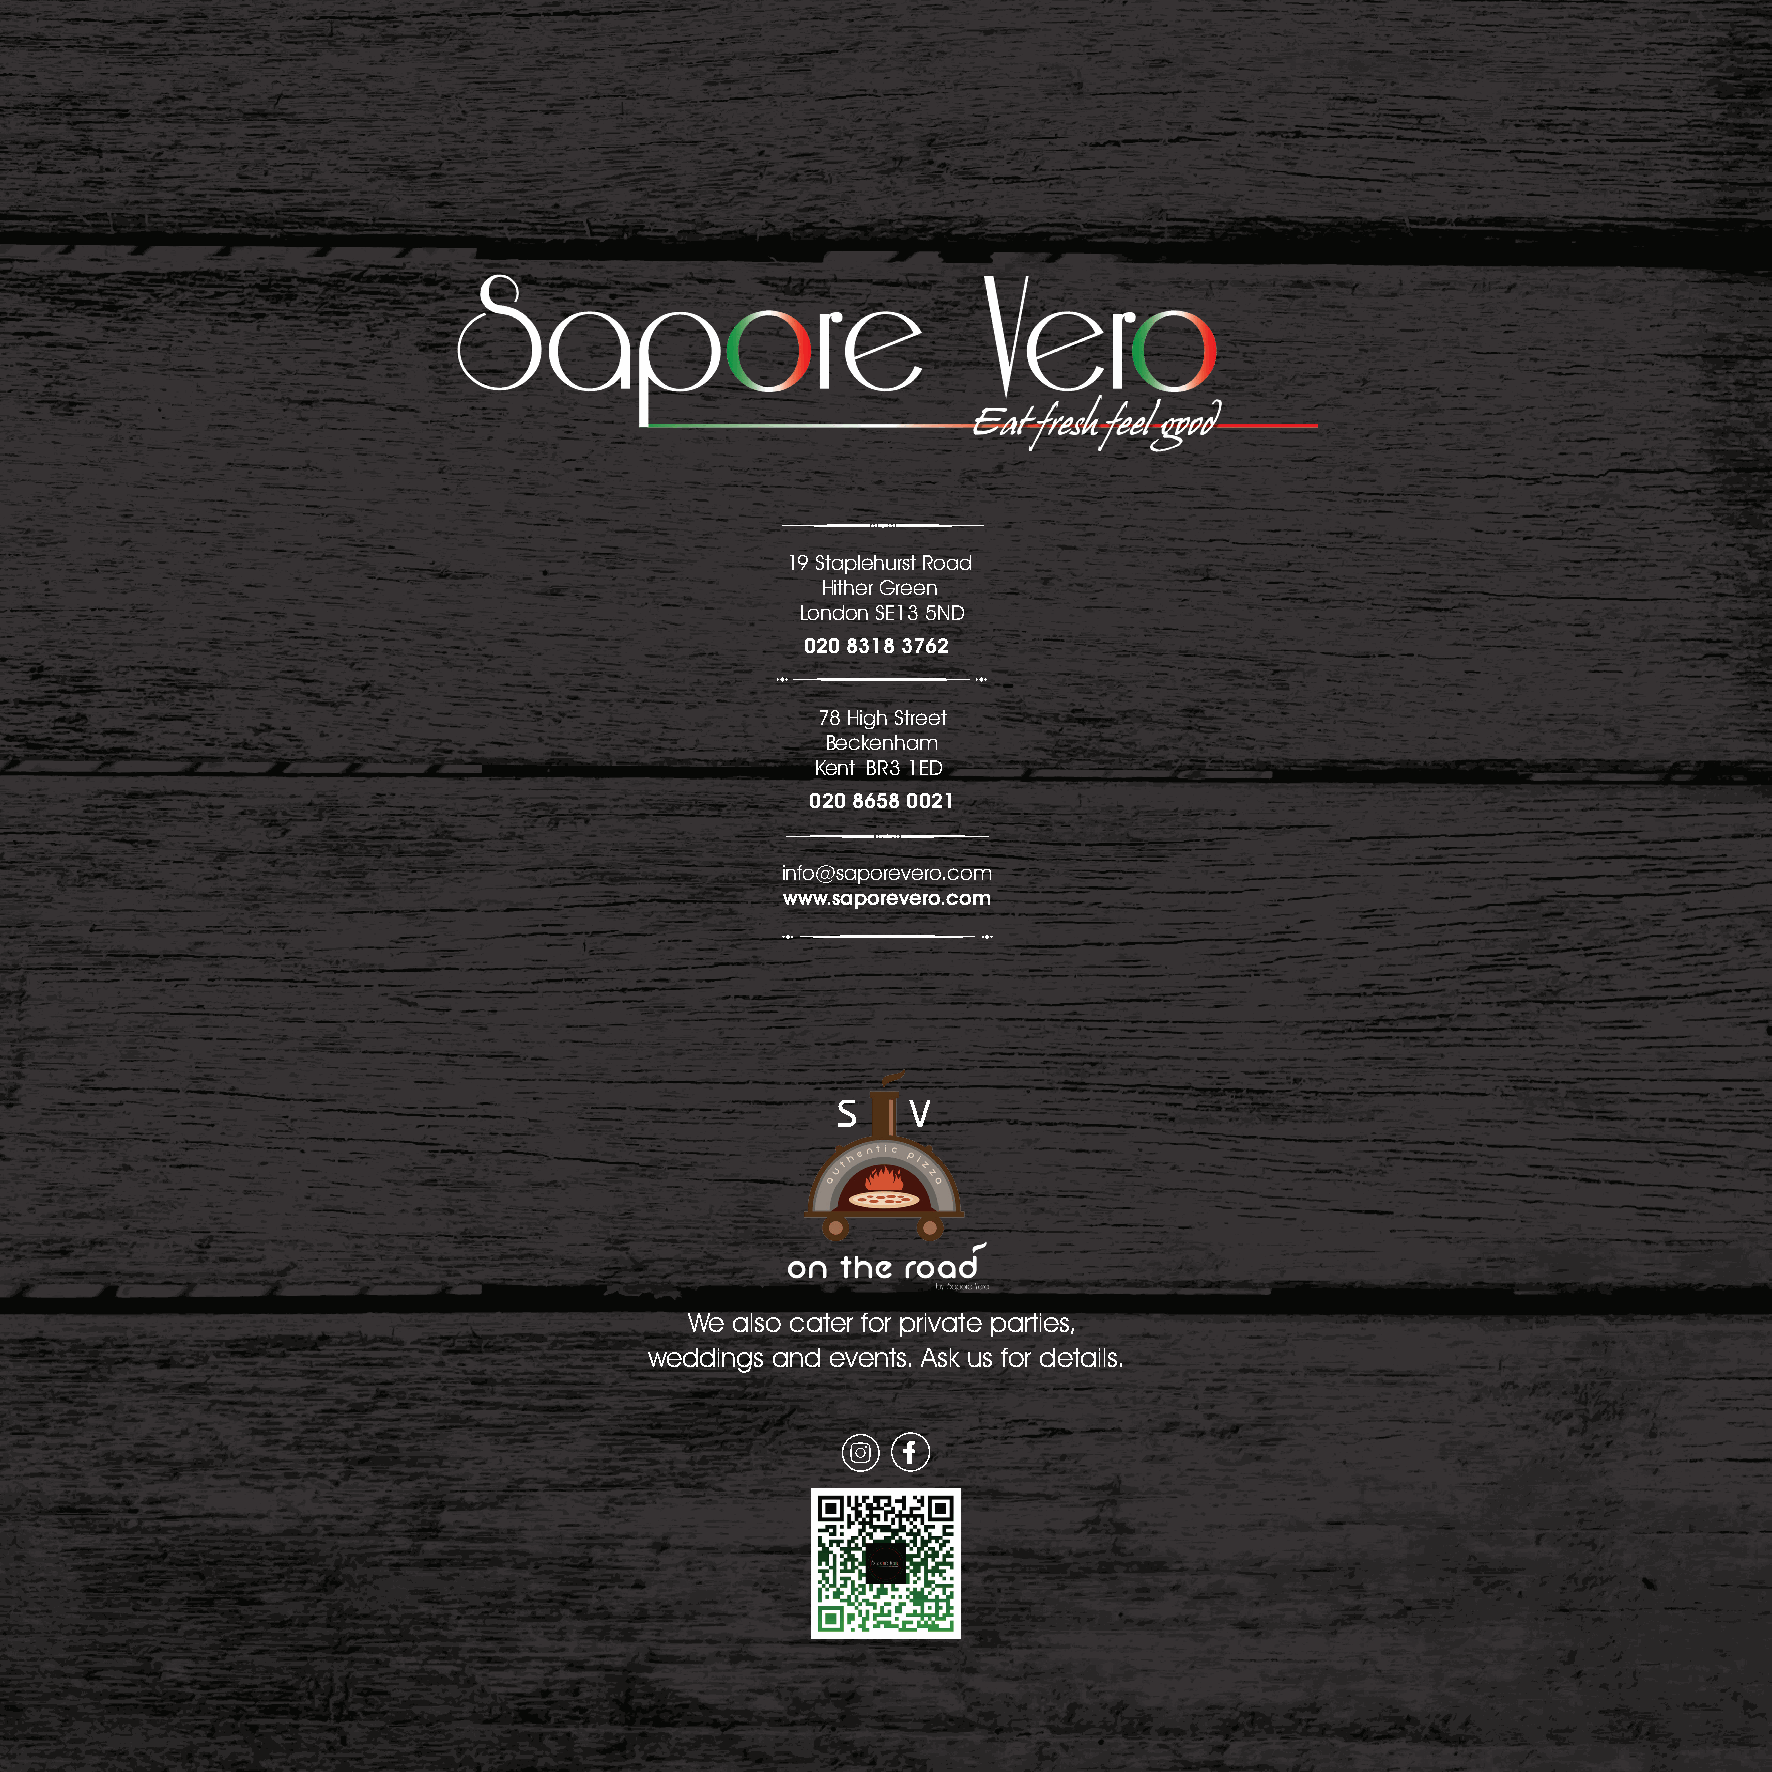
19 Staplehurst Road
 Hither Green
 London SE13 5ND
 020 8318 3762
 78 High Street
 Beckenham
 Kent BR3 1ED
 020 8658 0021
 info@saporevero.com
 www.saporevero.com
 S    V
 We also cater for private parties,
 weddings and events. Ask us for details.